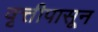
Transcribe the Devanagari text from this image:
वृत्तीपासून